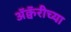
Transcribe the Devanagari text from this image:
अॅक्वॅरीच्या